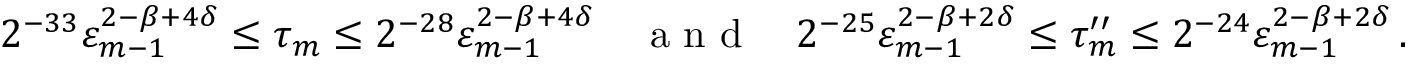
2 ^ { - 3 3 } \varepsilon _ { m - 1 } ^ { 2 - \beta + 4 \delta } \leq \tau _ { m } \leq 2 ^ { - 2 8 } \varepsilon _ { m - 1 } ^ { 2 - \beta + 4 \delta } \quad \mathrm { ~ a ~ n ~ d ~ } \quad 2 ^ { - 2 5 } \varepsilon _ { m - 1 } ^ { 2 - \beta + 2 \delta } \leq \tau _ { m } ^ { \prime \prime } \leq 2 ^ { - 2 4 } \varepsilon _ { m - 1 } ^ { 2 - \beta + 2 \delta } \, .